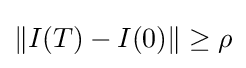
\|I(T)-I(0)\|\geq \rho